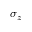
\sigma _ { z }